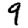
Digit: 9